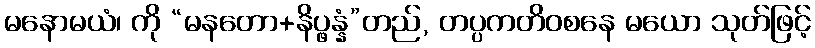
မနောမယံ၊ ကို “မနတော+နိပ္ဖန္နံ”တည်, တပ္ပကတိဝစနေ မယော သုတ်ဖြင့်